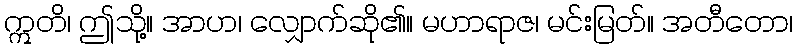
ဣတိ၊ ဤသို့။ အာဟ၊ လျှောက်ဆို၏။ မဟာရာဇ၊ မင်းမြတ်။ အတီတော၊